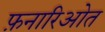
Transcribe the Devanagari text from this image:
फ़नारिओत